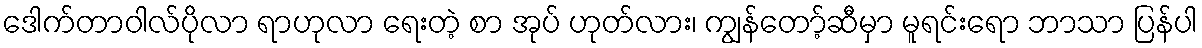
ဒေါက်တာဝါလ်ပိုလာ ရာဟုလာ ရေးတဲ့ စာ အုပ် ဟုတ်လား၊ ကျွန်တော့်ဆီမှာ မူရင်းရော ဘာသာ ပြန်ပါ